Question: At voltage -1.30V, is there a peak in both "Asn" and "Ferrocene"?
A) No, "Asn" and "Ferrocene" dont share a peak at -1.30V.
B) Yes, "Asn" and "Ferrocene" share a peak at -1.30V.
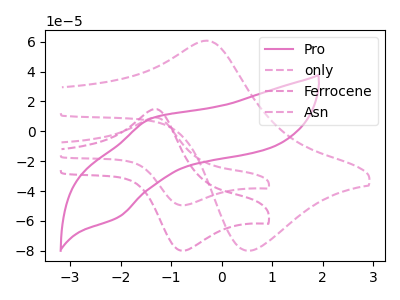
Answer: <think>The pink curve "Pro" has an anodic peak at (-1.40V, 8.45uA) and a cathodic peak at (-2.05V, -57.45uA). The pink dashed curve "only" has an anodic peak at (-0.35V, 60.60uA) and a cathodic peak at (0.50V, -79.90uA). The pink dashed curve "Ferrocene" has an anodic peak at (-1.30V, 14.85uA) and a cathodic peak at (-0.80V, -79.95uA). The pink dashed curve "Asn" has an anodic peak at (-1.30V, 9.20uA) and a cathodic peak at (-0.80V, -49.55uA).</think>
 <answer>B) Yes, "Asn" and "Ferrocene" share a peak at -1.30V.</answer>
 <eval>B</eval>